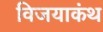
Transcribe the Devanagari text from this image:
विजयाकंथ